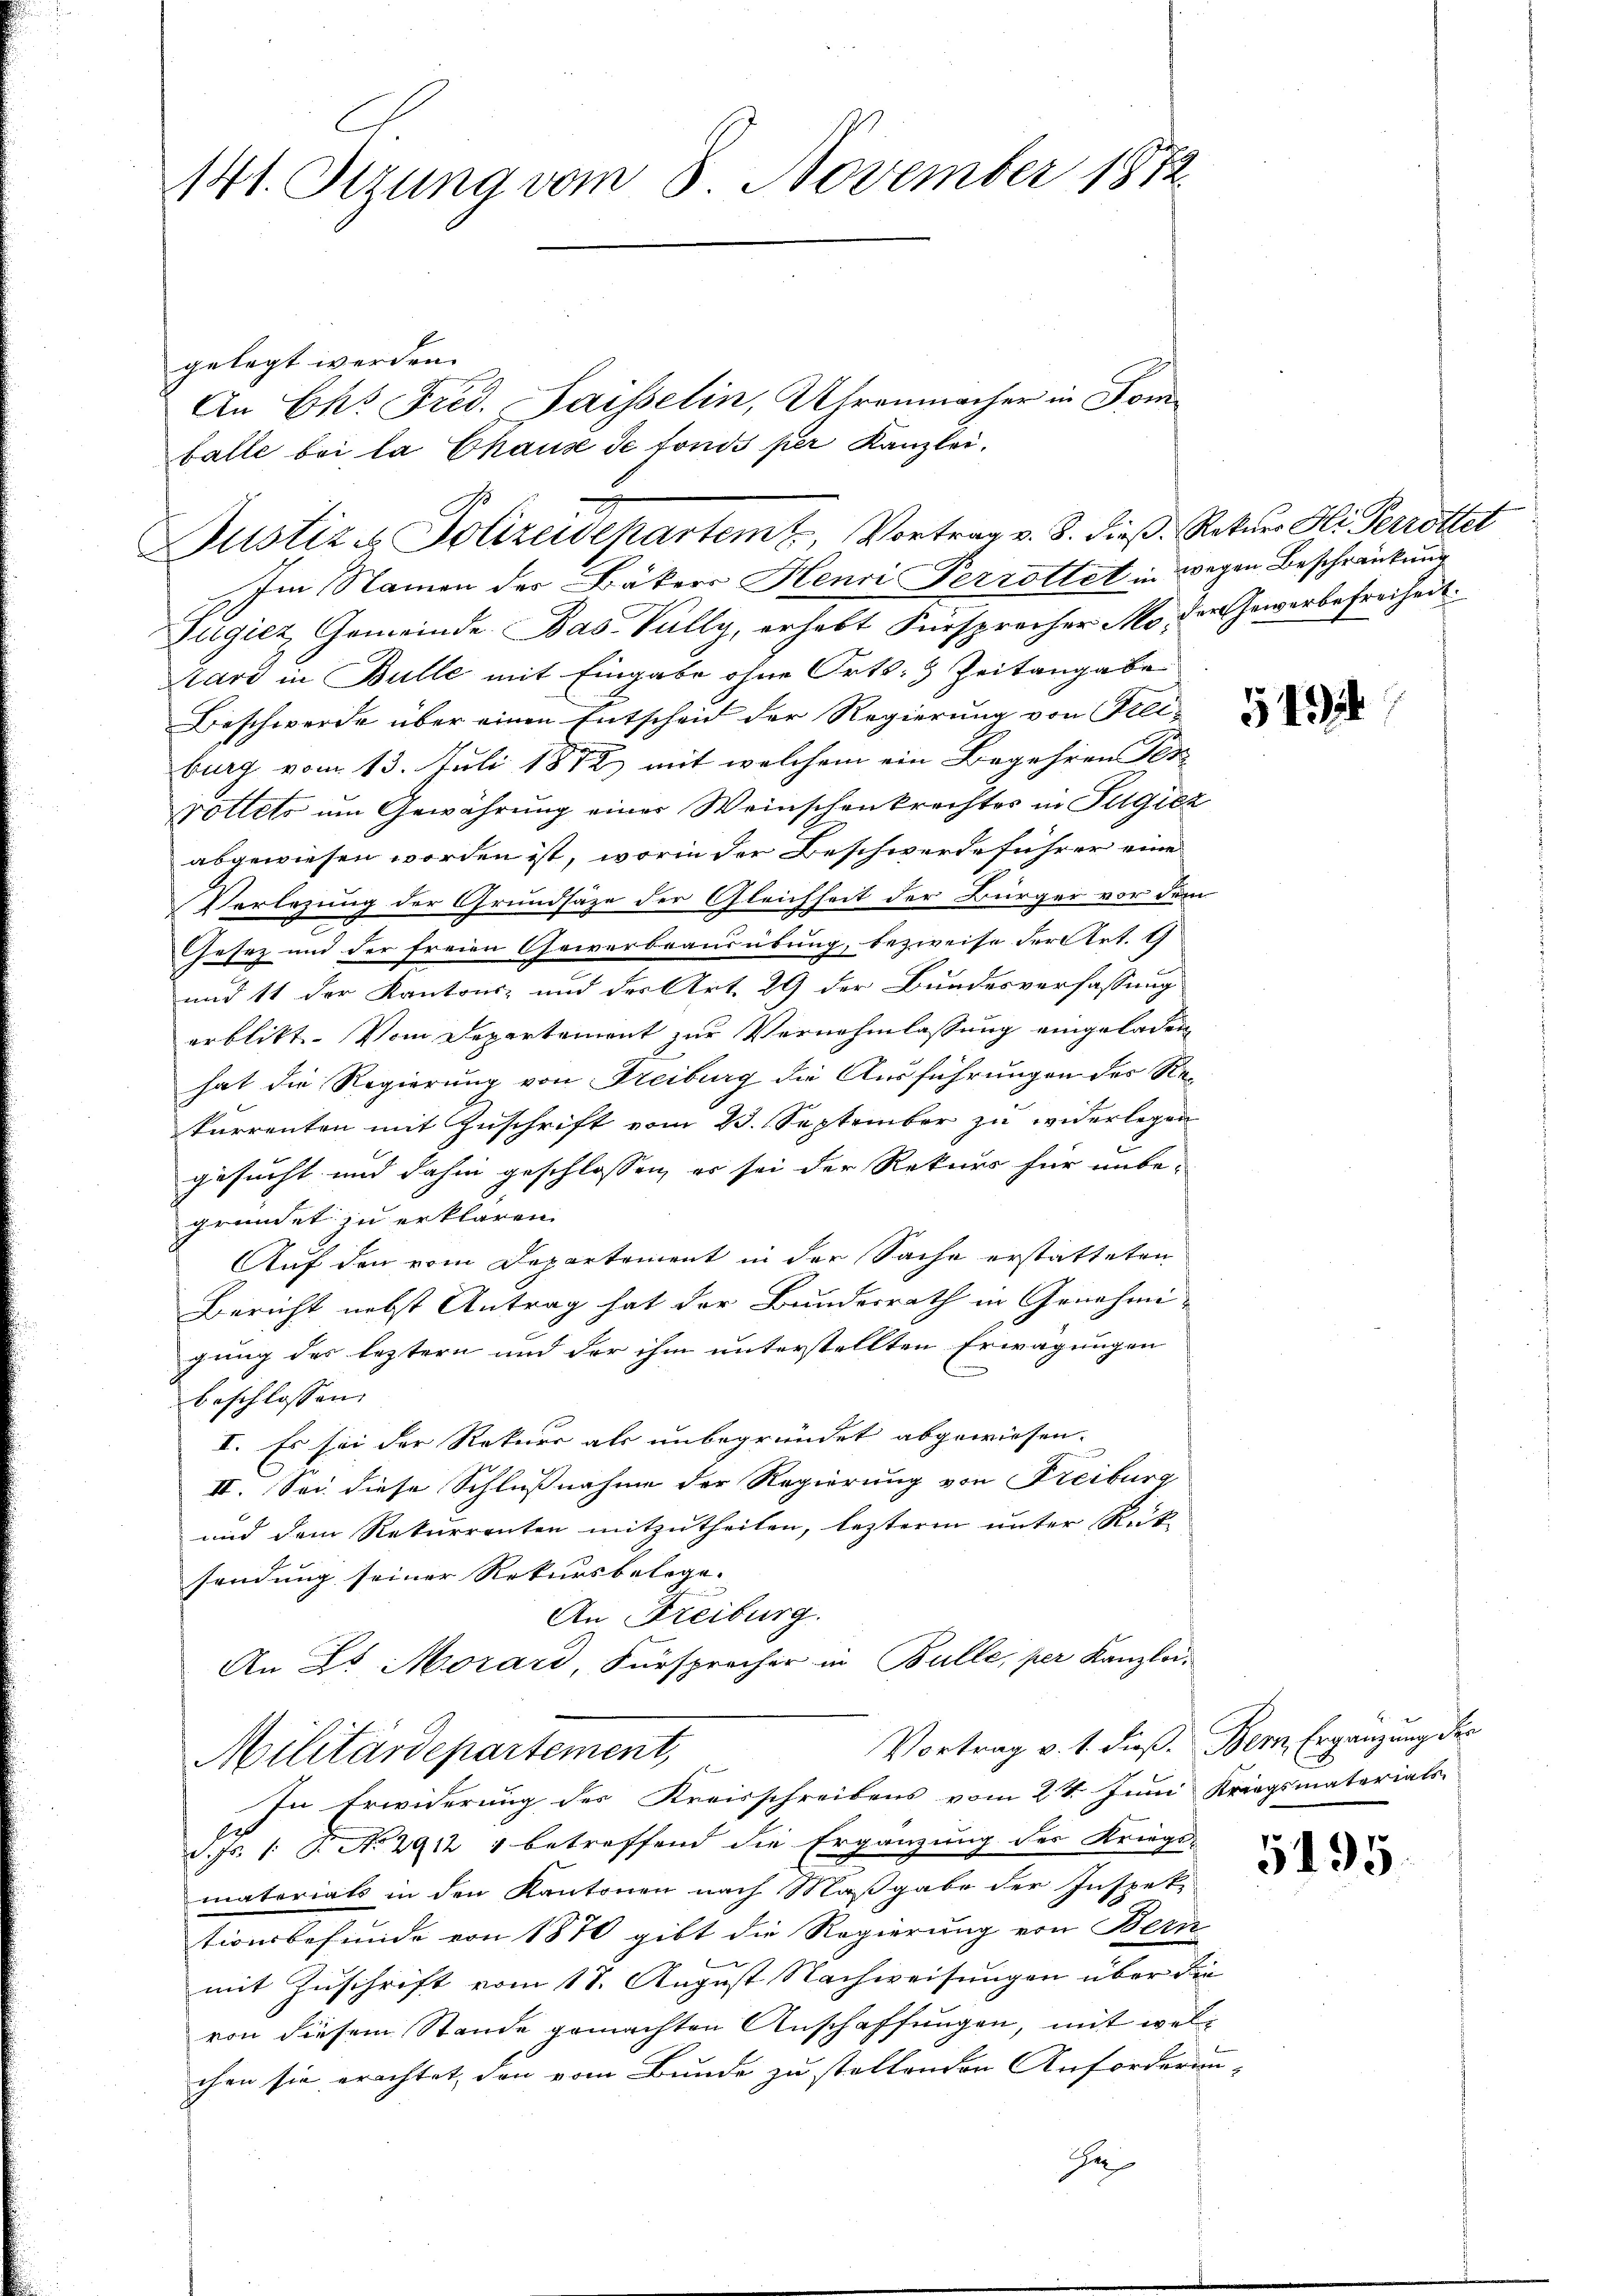
141. Sezung vom 8. November 1872

Im Namen des Bäkers Henri Perrottet in wegen Beschränkung
Fügicz, Gemeinde Bas Vally, erhebt Fürsprecher Mo der Gewerbefreiheit.
tare in Bulle mit Eingabe ohne Orts- & Zeitangabe
Beschwerde über einen Entscheid der Regierung von Gelie
burg vom 13. Juli 1872 mit welchem ein Begehren Fer
rottets um Gewährung einer Weinschenkrechtes in Pilgiez
abgewiesen worden ist, worin der Beschwerde führer eine
Verlegung der Grundsäze der Gleichheit der Bürger vor dem
Gesez und der freien Gewerbrausübung, bezweife der Art. 9
und 11 der Kantons- und der Art. 29 der Bundesverfassung
erblickt. Vom Departement zur Vernehmlassung eingeladen
hat die Regierung von Freiburg die Ausführungen des Rekurrenten mit Zuschrift vom 23. September zu widerlegen
gesucht und dahin geschlossen, er sei der Rekurs für unbe-
gründet zu erklären.
Auf den vom Departement in der Sache erstatteten
Bericht nebst Antrag hat der Bundesrath in Genehmic
gung des leztern und der ihm unterstellten Erwägungen
beschlossen:
I. Es sei der Rekurs als unbegründet abgewiesen. |
II. Sei diese Schlußnahme der Regierung von Freiburg
und dem Rekurrenten mitzutheilen, lezteren unter Rück-
sendung seiner Rekursbelege.
An Freiburg.
An Zt. Morard, Fürsprecher in Bulle, per Kanzlei-
Vortrag v. 1. dieß. Bern, Ergänzung der
Militärdepartement,
In Erwiderung des Kreisschreibens vom 24. Juni Kriegsmatorials
d. Js. 1. P. No 2912 1 betreffend die Ergänzung des Kriegs-
matoriats in den Kantonen nach Maßgabe der Inspek-
tionsbefunde von 1870 gibt die Regierung von Bern
mit Zuschrift vom 18. August Nachweisungen über die
von diesem Stande gemachten Anschaffungen, mit welchen sie erachtet, den vom Bunde zu stellenden Anforderun-
Ju

gelegt werden.
falle bei la Chause de fonds per Kanzlei,
Justizs Polizeidepartemt, Vortrag v. 8. dieß. Rekurs Hr. Perrottet

An Eks Frid. Saisselin, Uhrenmacher in Som¬

5195